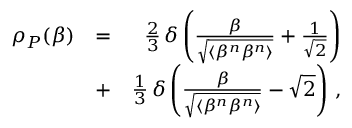
\begin{array} { r l r } { \rho _ { P } ( \beta ) } & { = } & { \frac { 2 } { 3 } \, \delta \left( \frac { \beta } { \sqrt { \langle \beta ^ { n } \beta ^ { n } \rangle } } + \frac { 1 } { \sqrt { 2 } } \right) } \\ & { + } & { \frac { 1 } { 3 } \, \delta \left( \frac { \beta } { \sqrt { \langle \beta ^ { n } \beta ^ { n } \rangle } } - \sqrt { 2 } \right) \, , } \end{array}